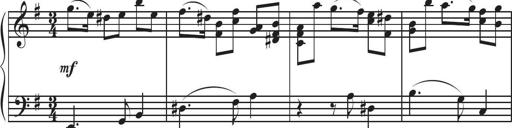
Title: Sonatina Espania
Composer: Jerald Franklin Archer
Key: Various